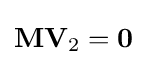
\mathbf {M} \mathbf {V} _{2}=\mathbf {0}